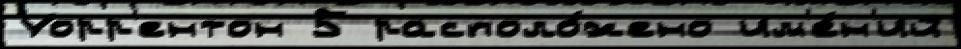
Уорр'ентон 5 располо́жено им'е́н'ий